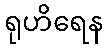
ရုဟိရေန